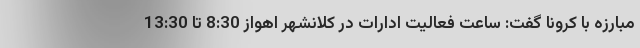
مبارزه با کرونا گفت: ساعت فعالیت ادارات در کلانشهر اهواز 8:30 تا 13:30